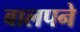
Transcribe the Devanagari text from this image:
बालपने